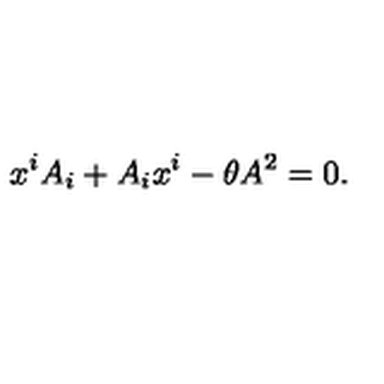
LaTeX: x ^ { i } A _ { i } + A _ { i } x ^ { i } - \theta A ^ { 2 } = 0 .